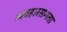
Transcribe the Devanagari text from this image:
व्यवहारसमता